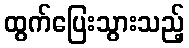
ထွက်ပြေးသွားသည့်